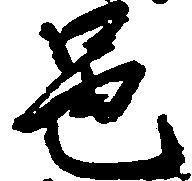
邑